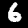
Label: 6